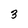
Character: 3